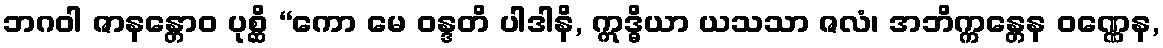
ဘဂဝါ ဇာနန္တောဝ ပုစ္ဆိ “ကော မေ ဝန္ဒတိ ပါဒါနိ, ဣဒ္ဓိယာ ယသသာ ဇလံ၊ အဘိက္ကန္တေန ဝဏ္ဏေန,